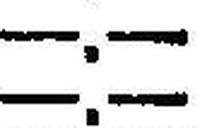
—.—